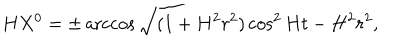
LaTeX: H X ^ { 0 } = \pm \operatorname { a r c c o s } \sqrt { ( 1 + H ^ { 2 } r ^ { 2 } ) \cos ^ { 2 } H t - H ^ { 2 } r ^ { 2 } } ,